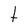
Character: t